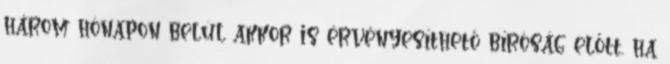
három hónapon belül akkor is érvényesíthető bíróság előtt, ha